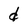
Character: d